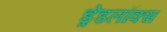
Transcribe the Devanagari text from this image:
ड्रेडलॉक्स